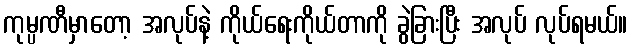
ကုမ္ပဏီမှာတော့ အလုပ်နဲ့ ကိုယ်ရေးကိုယ်တာကို ခွဲခြားပြီး အလုပ် လုပ်ရမယ်။